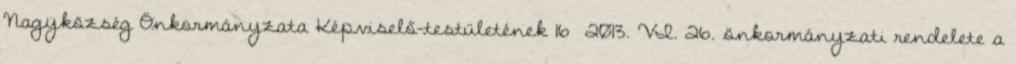
Nagyközség Önkormányzata Képviselő-testületének 16 2013. VI. 26. önkormányzati rendelete a